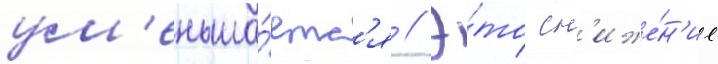
ум'еньша́етс'я // Э́то сн'иже́н'ие